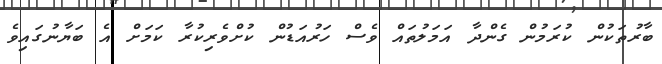
ބާރުތަކުން ކުރަމުން ގެންދާ އަމަލުތައް ވެސް ހަރުއަޑުން ކުށްވެރިކުރާ ކަމަށް އެ ބަޔާނުގައިވެ